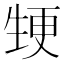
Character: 𭺵